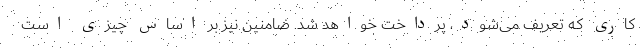
کاری که تعریف می‌شود، پرداخت خواهد شد. ضامنین نیز بر اساس چیزی است